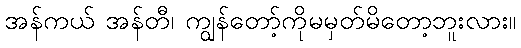
အန်ကယ် အန်တီ၊ ကျွန်တော့်ကိုမမှတ်မိတော့ဘူးလား။